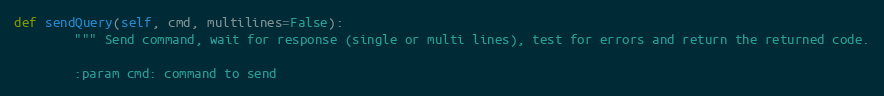
Language: Python
def sendQuery(self, cmd, multilines=False):
        """ Send command, wait for response (single or multi lines), test for errors and return the returned code.

        :param cmd: command to send